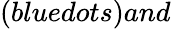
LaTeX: (bluedots)and